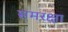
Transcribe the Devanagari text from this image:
समरक्षा